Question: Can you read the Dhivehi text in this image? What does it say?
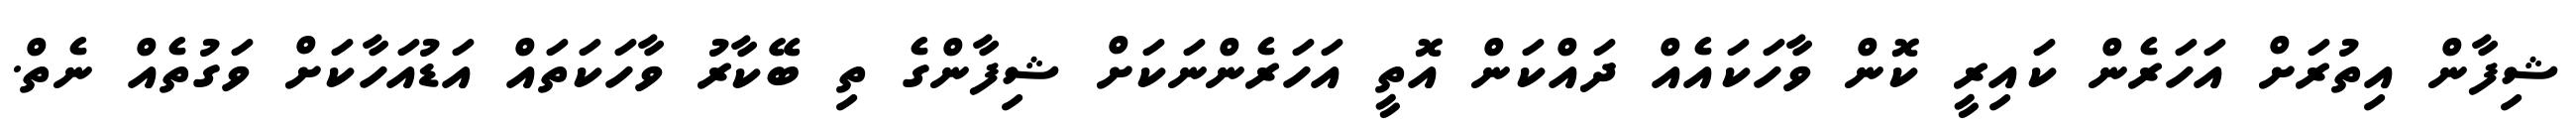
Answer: ޝިފާން އިތުރަށް އަހަރެން ކައިރީ ކޮން ވާހަކައެއް ދައްކަން އޮތީ އަހަރެންނަކަށް ޝިފާންގެ ތި ބޭކާރު ވާހަކަތައް އަޑުއަހާކަށް ވަގުތެއް ނެތް.